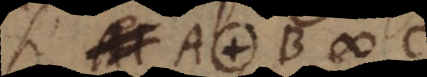
si A. B # C